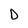
Character: D